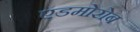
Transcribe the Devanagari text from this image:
एडमोरोब